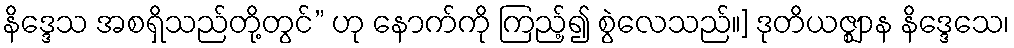
နိဒ္ဒေသ အစရှိသည်တို့တွင်” ဟု နောက်ကို ကြည့်၍ စွဲလေသည်။] ဒုတိယဇ္ဈာန နိဒ္ဒေသေ၊